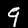
Digit: 9